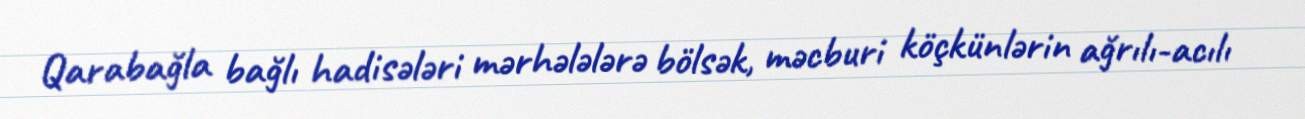
Qarabağla bağlı hadisələri mərhələlərə bölsək, məcburi köçkünlərin ağrılı-acılı